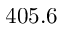
4 0 5 . 6